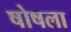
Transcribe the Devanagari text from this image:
षोषला